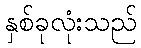
နှစ်ခုလုံးသည်